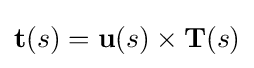
\mathbf {t} (s)=\mathbf {u} (s)\times \mathbf {T} (s)